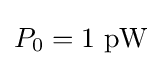
P_{0}=1~\mathrm {pW}